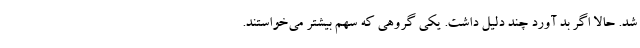
شد. حالا اگر بد آورد چند دلیل داشت. یکی گروهی که سهم بیشتر می‌خواستند.